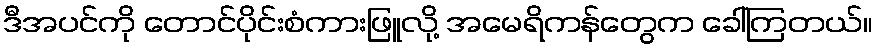
ဒီအပင်ကို တောင်ပိုင်းစံကားဖြူလို့ အမေရိကန်တွေက ခေါ်ကြတယ်။